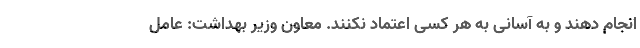
انجام دهند و به آسانی به هر کسی اعتماد نکنند. معاون وزیر بهداشت: عامل